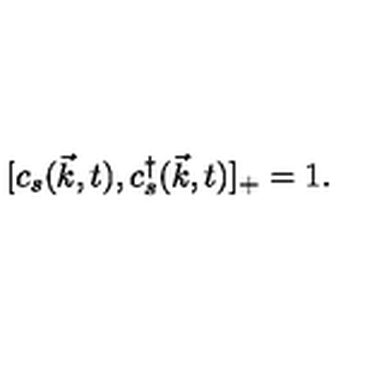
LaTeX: [ c _ { s } ( \vec { k } , t ) , c _ { s } ^ { \dag } ( \vec { k } , t ) ] _ { + } = 1 .